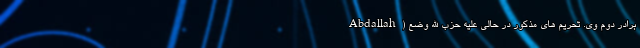
Abdallah) برادر دوم وی. تحریم های مذکور در حالی علیه حزب الله وضع